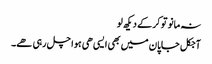
نہ مانو تو کر کے دیکھ لو
آجکل جاپان میں بھی ایسی ھی ہوا چل رہی ھے۔